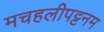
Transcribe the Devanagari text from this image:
मचहलीपट्टनम